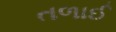
તળાઈ